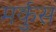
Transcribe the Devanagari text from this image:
मर्कुस